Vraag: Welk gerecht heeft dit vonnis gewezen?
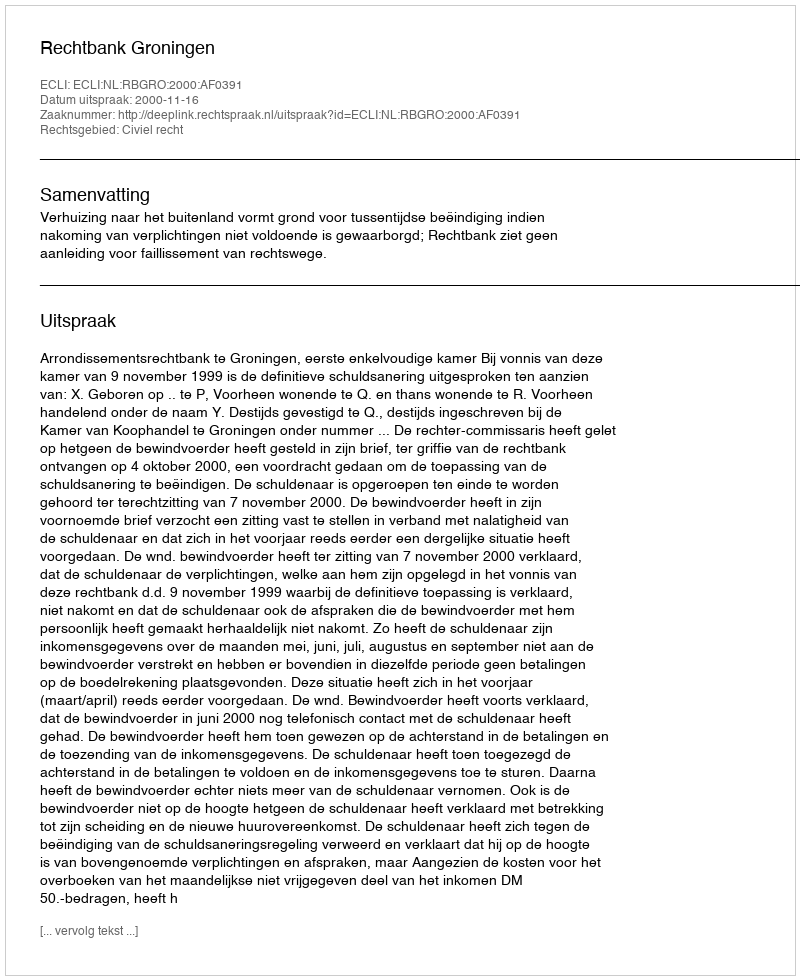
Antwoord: Rechtbank Groningen